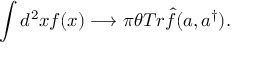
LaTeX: \int d ^ { 2 } x f ( x ) \longrightarrow \pi \theta T r \hat { f } ( a , a ^ { \dagger } ) .